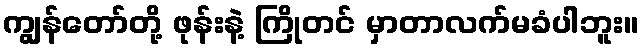
ကျွန်တော်တို့ ဖုန်းနဲ့ ကြိုတင် မှာတာလက်မခံပါဘူး။